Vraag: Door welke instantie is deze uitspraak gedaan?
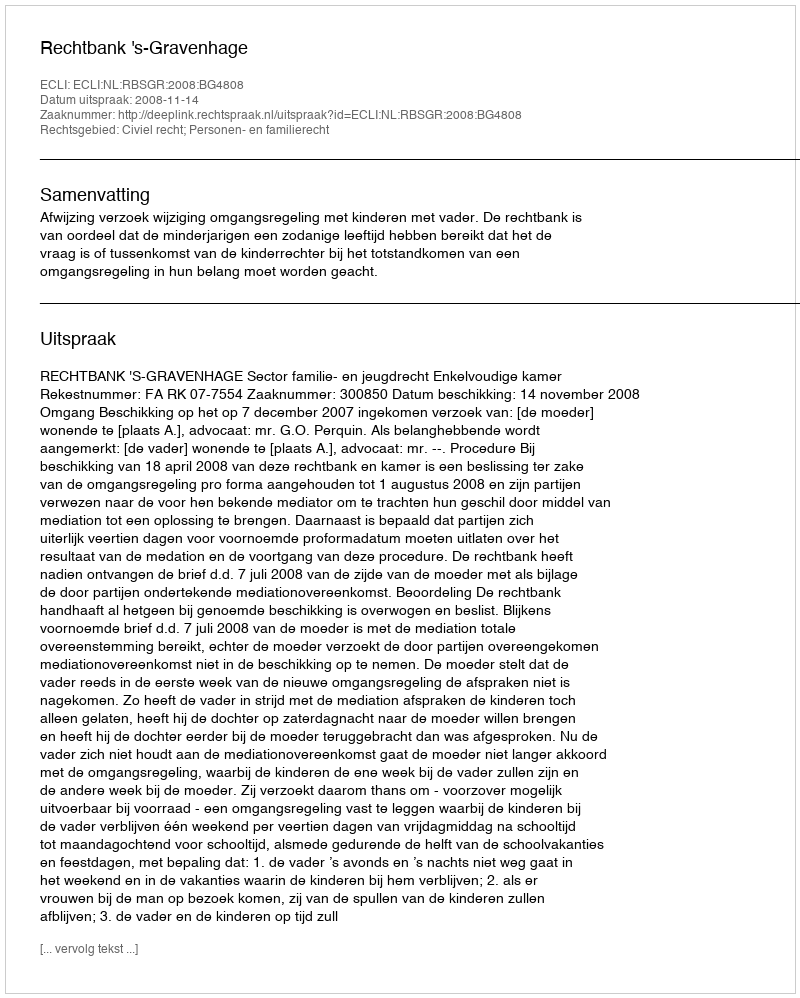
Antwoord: Rechtbank 's-Gravenhage